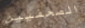
الصحفيين